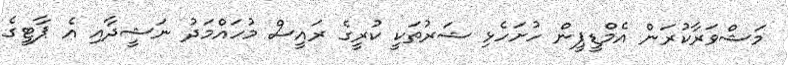
މަޝްވަރާކުރަން އެމްޑީޕީން ހުށަހެޅި ޝަރުތަކީ ކުރީގެ ރައީސް މުހައްމަދު ނަޝީދާއި އެ ޕާޓީގެ